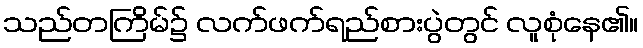
သည်တကြိမ်၌ လက်ဖက်ရည်စားပွဲတွင် လူစုံနေ၏။